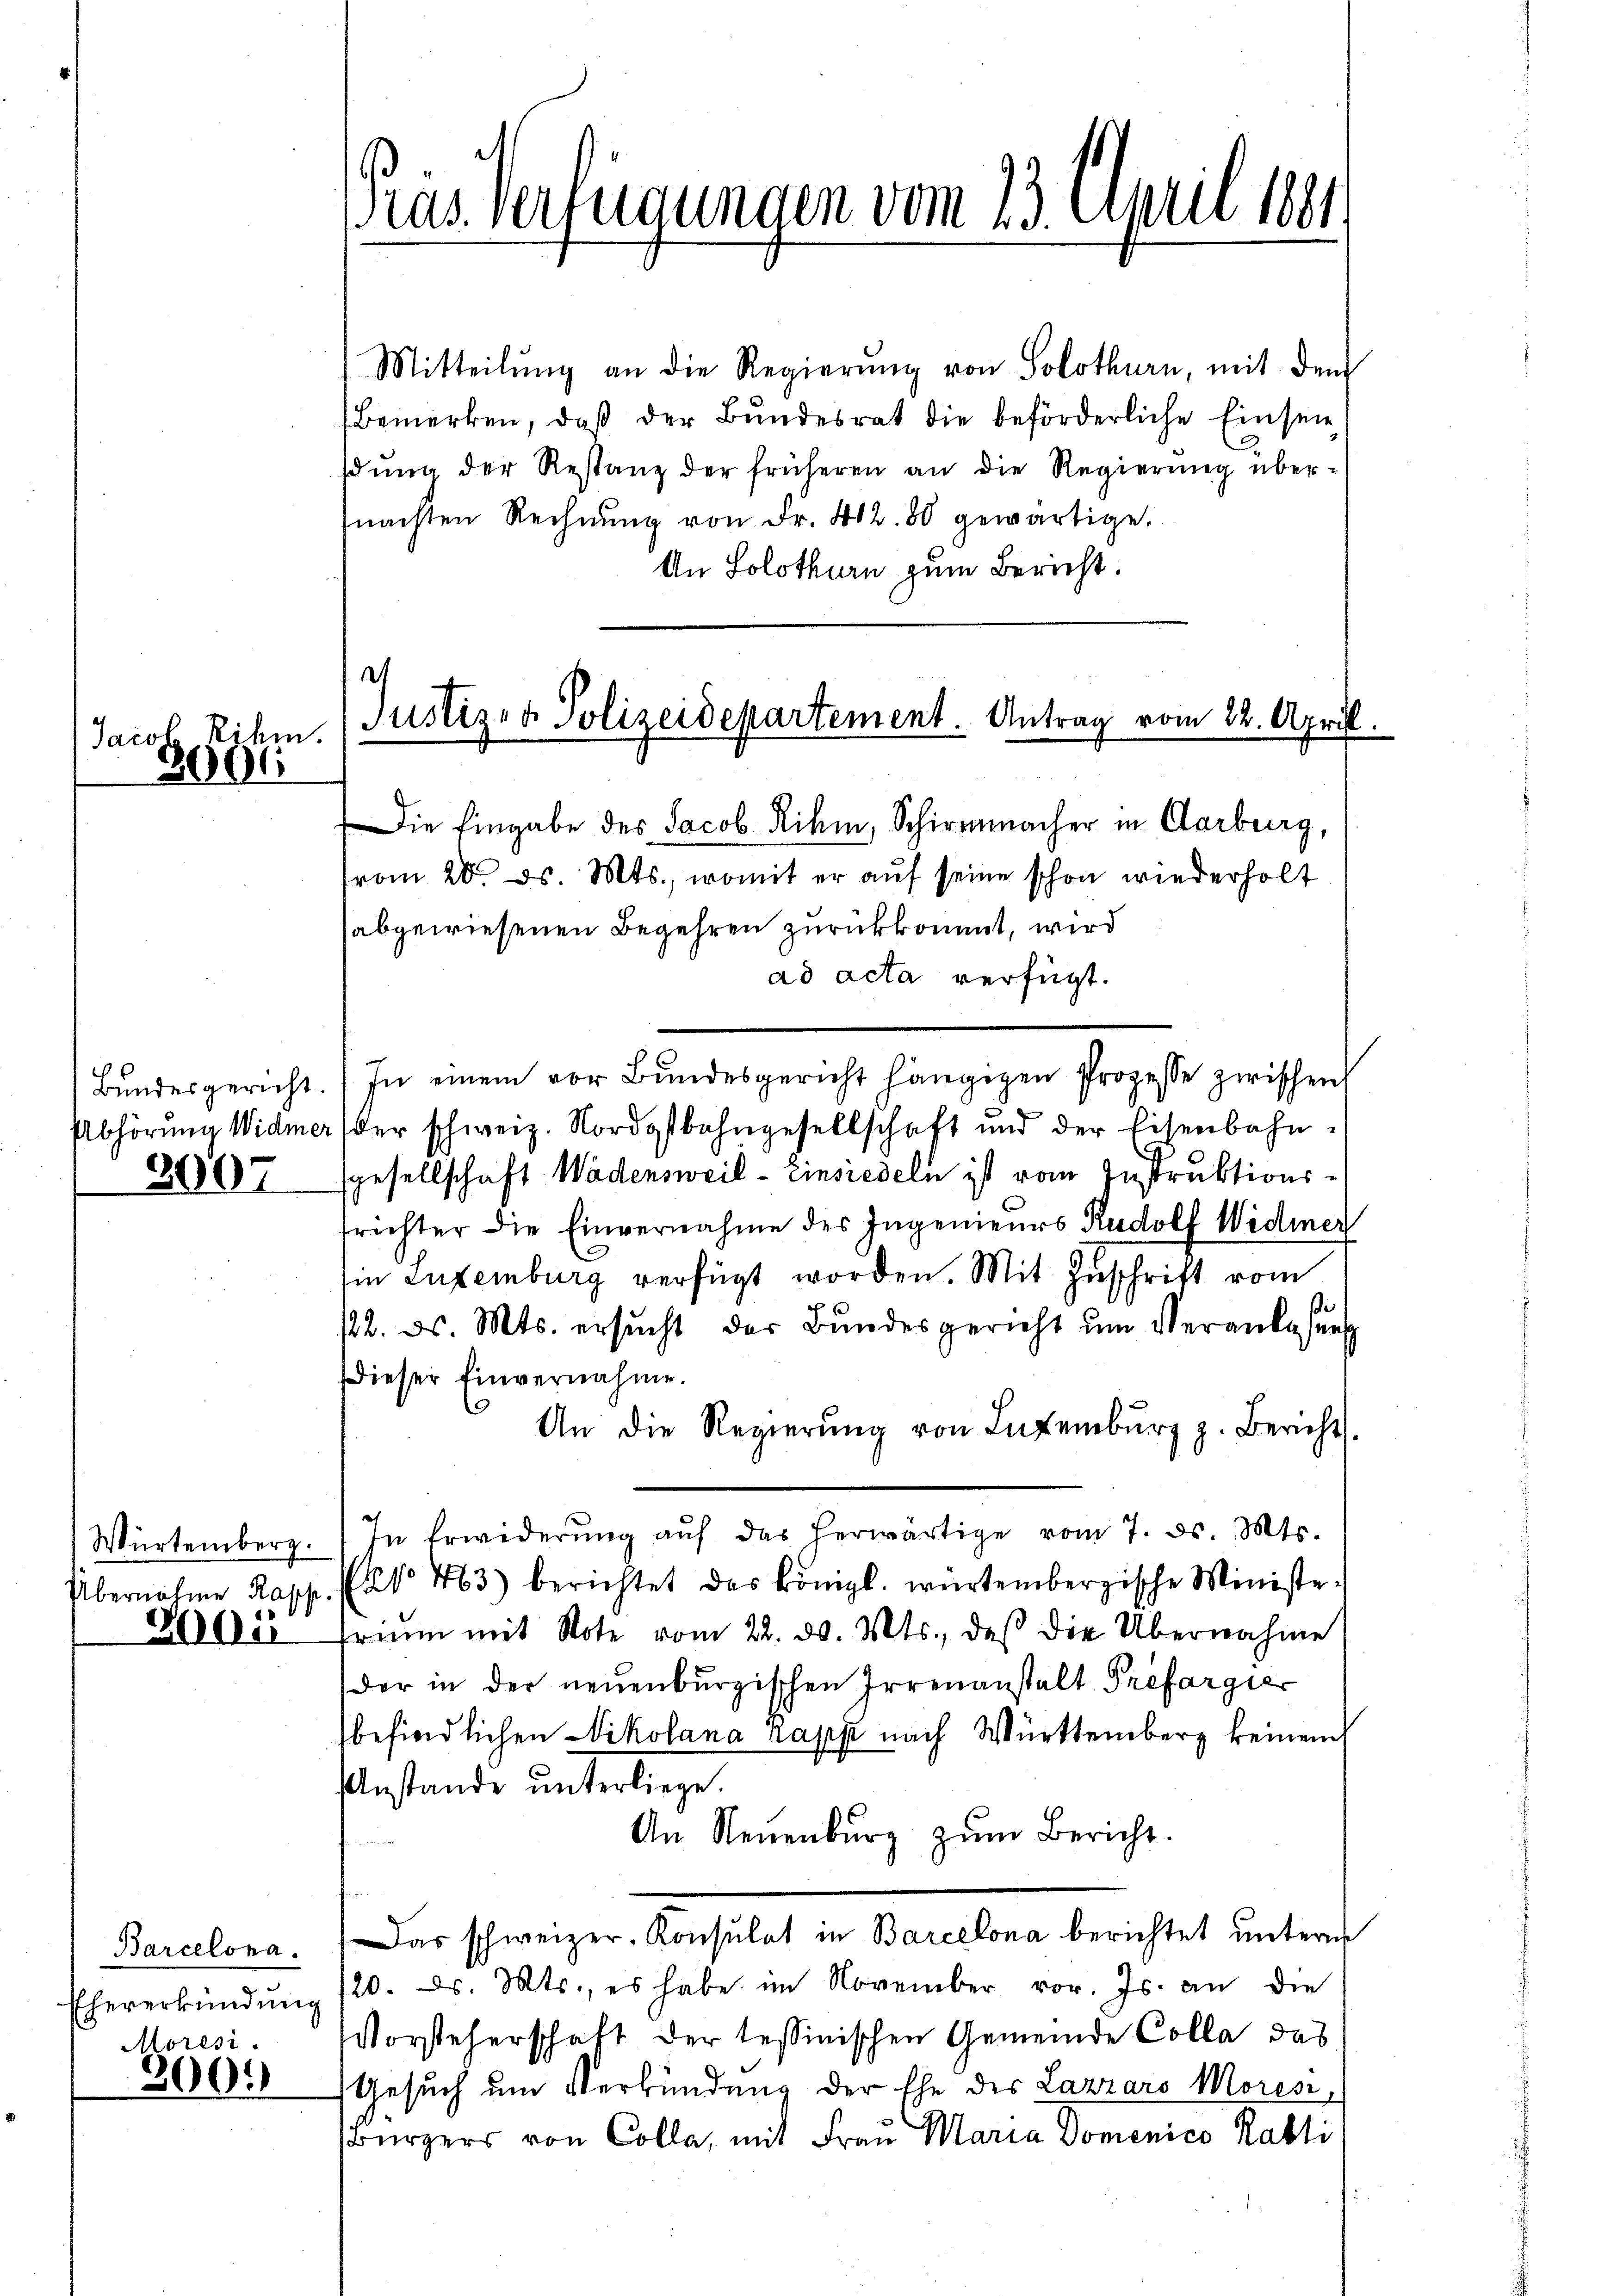
Jacob Rihm.
V
2
01

2907

300.

Moresi

Mitteilŭng an die Regierŭng von Solothurn, mit dem
Bemerken, daß der Bundesrat die beförderliche Einsen
sŭng der Restanz der früheren an die Regierŭng über-
mnachten Rechnŭng von Fr. 402. 80 gewärtige.
An Solothurn zum Bericht.
e

ras. Verfügungen vom 23. April 1891

Justiz- & Polizeidepartement. Antrag vom 22. April.

Die Eingabe des Jacob Rihm, Schirmmacher in Aarburg,
vom 20. ds. Mts., womit er auf seine schon wiederholt
sabgewiesenen Begehren zurückkommt, wird
ad acta verfügt.
Bŭndesgericht. In einem vor Bŭndesgericht hängigen Prozesse zwischen
Abhörung Widmer (der schweiz. Nordostbahngesellschaft und der Eisenbahn-
sgesellschaft Wädensweil - Einsiedeln ist vom Instruktionsfrichter die Einvernahme des Ingenieurs Rudolf Widmer
Ein Luxenburg verfügt worden. Mit Zŭschrift vom
12. ds. Mts. ersŭcht der Bŭndesgericht ŭm Veranlassens
dieser Einvernahme.
An die Regierŭng von Luxenbŭrg z. Bericht.
Würtemberg. In Erwiderŭng aŭf das herwärtige vom 7. ds. Mts.
Übernahme Rapp. Et 463) berichtet das königl. würtembergische Ministe
2600 friŭm mit Note vom 22. d. Mts., das die Übernahme
der in der neuenburgischen Irrenanstalt Préfargier
befindlichen Nikolana Rapp nach Württemberg keinen
Anstände unterliege.
An Neuenburg zŭm Bericht.
Barcelona. Das schweizer-Konsulat in Barcelona berichtet unterm
Eheverkündŭng 120. ds. Mts., es habe im November vor. Js. an die
Vorsteherschaft der tessinischen Gemeinde Colla das
Gesuch um Verkündung der Ehe des Lazzaro Moresi¬
Bürgers von Colla, mit Frau Maria Domenico Rabli
.